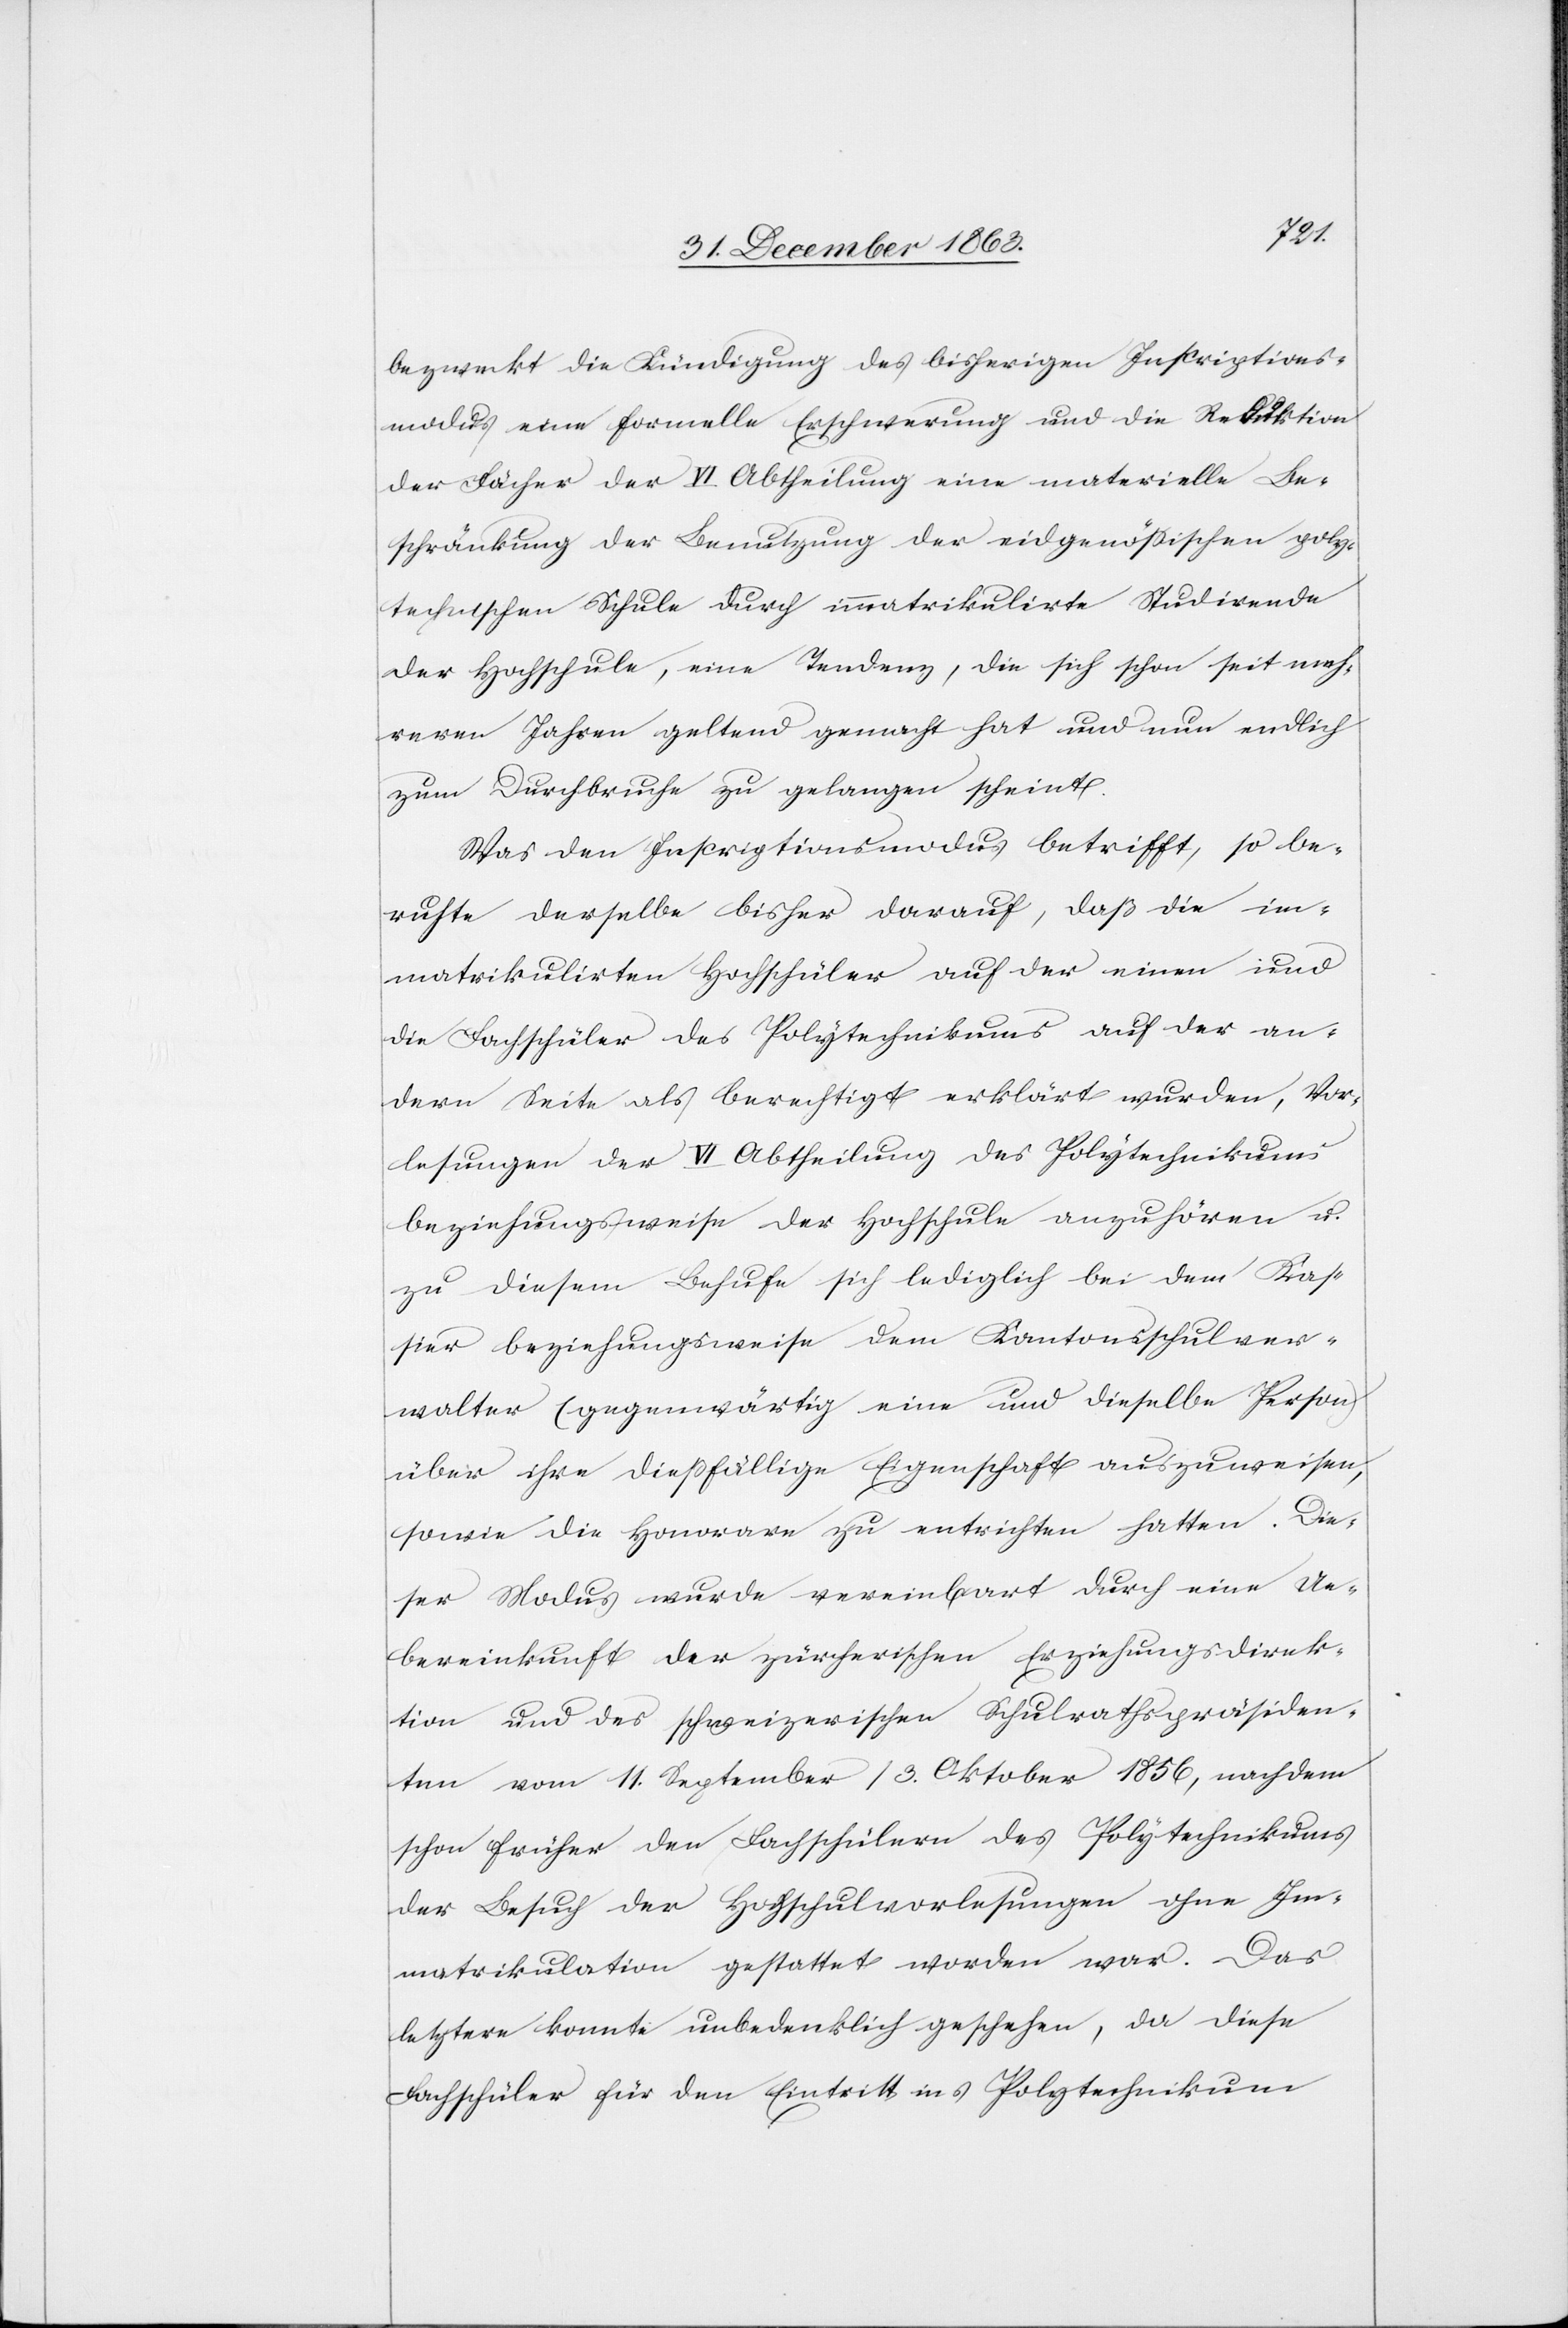
bezweckt die Kündigung des bisherigen Inscriptions¬
modus eine formelle Erschwerung und die Reduktion
der Fächer der VI. Abtheilung eine materielle Be¬
schränkung der Benutzung der eidgenössischen poly¬
technischen Schule durch immatrikulirte Studirende
der Hochschule, eine Tendenz, die sich schon seit meh¬
reren Jahren geltend gemacht hat und nun endlich
zum Durchbruche zu gelangen scheint.
Was den Inscriptionsmodus betrifft, so be¬
ruhte derselbe bisher darauf, daß die im¬
matrikulirten Hochschüler auf der einen und
die Fachschüler des Polytechnikums auf der an¬
dern Seite als berechtigt erklärt wurden, Vor¬
lesungen der VI Abtheilung des Polytechnikums
beziehungsweise der Hochschule anzuhören u.
zu diesem Behufe sich lediglich bei dem Kas¬
sier beziehungsweise dem Kantonsschulver¬
walter (gegenwärtig eine und dieselbe Person)
über ihre diessfällige Eigenschaft auszuweisen,
sowie die Honorare zu entrichten hatten. Die¬
ser Modus wurde vereinbart durch eine Ue¬
bereinkunft der zürcherischen Erziehungsdirek¬
tion vom 11. September/3. Oktober 1856, nachdem
schon früher den Fachschülern des Polytechnikums
der Besuch der Hochschulvorlesungen ohne Im¬
matrikulation gestattet worden war. Das
letztere konnte unbedenklich geschehen, da diese
Fachschüler für den Eintritt ins Polytechnikum